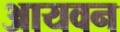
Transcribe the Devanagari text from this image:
आयवन